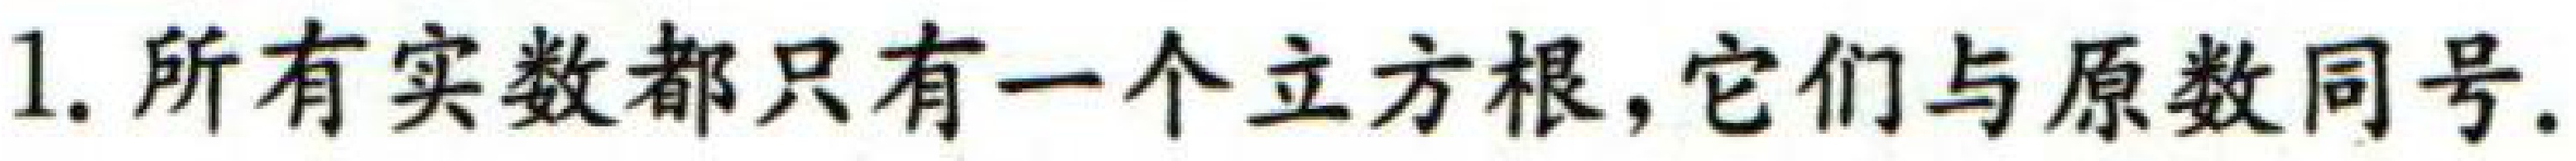
1. 所有实数都只有一个立方根,它们与原数同号.